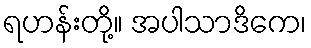
ရဟန်းတို့။ အပါသာဒိကေ၊